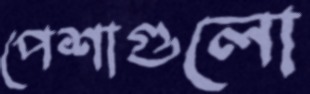
পেশাগুলো